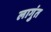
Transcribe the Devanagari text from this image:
लागुंत